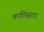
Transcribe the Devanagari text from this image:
कालिसरार